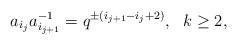
LaTeX: \begin{align*}a_{i_j}a_{i_{j+1}}^{-1} =q^{\pm(i_{j+1}-i_j+2)},\ \ k\ge 2,\end{align*}